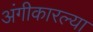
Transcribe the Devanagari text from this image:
अंगीकारल्या